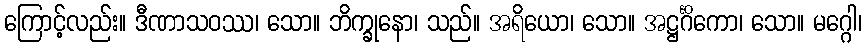
ကြောင့်လည်း။ ဒီဏာသဝဿ၊ သော။ ဘိက္ခုနော၊ သည်။ အရိယော၊ သော။ အဋ္ဌင်္ဂိကော၊ သော။ မဂ္ဂေါ၊